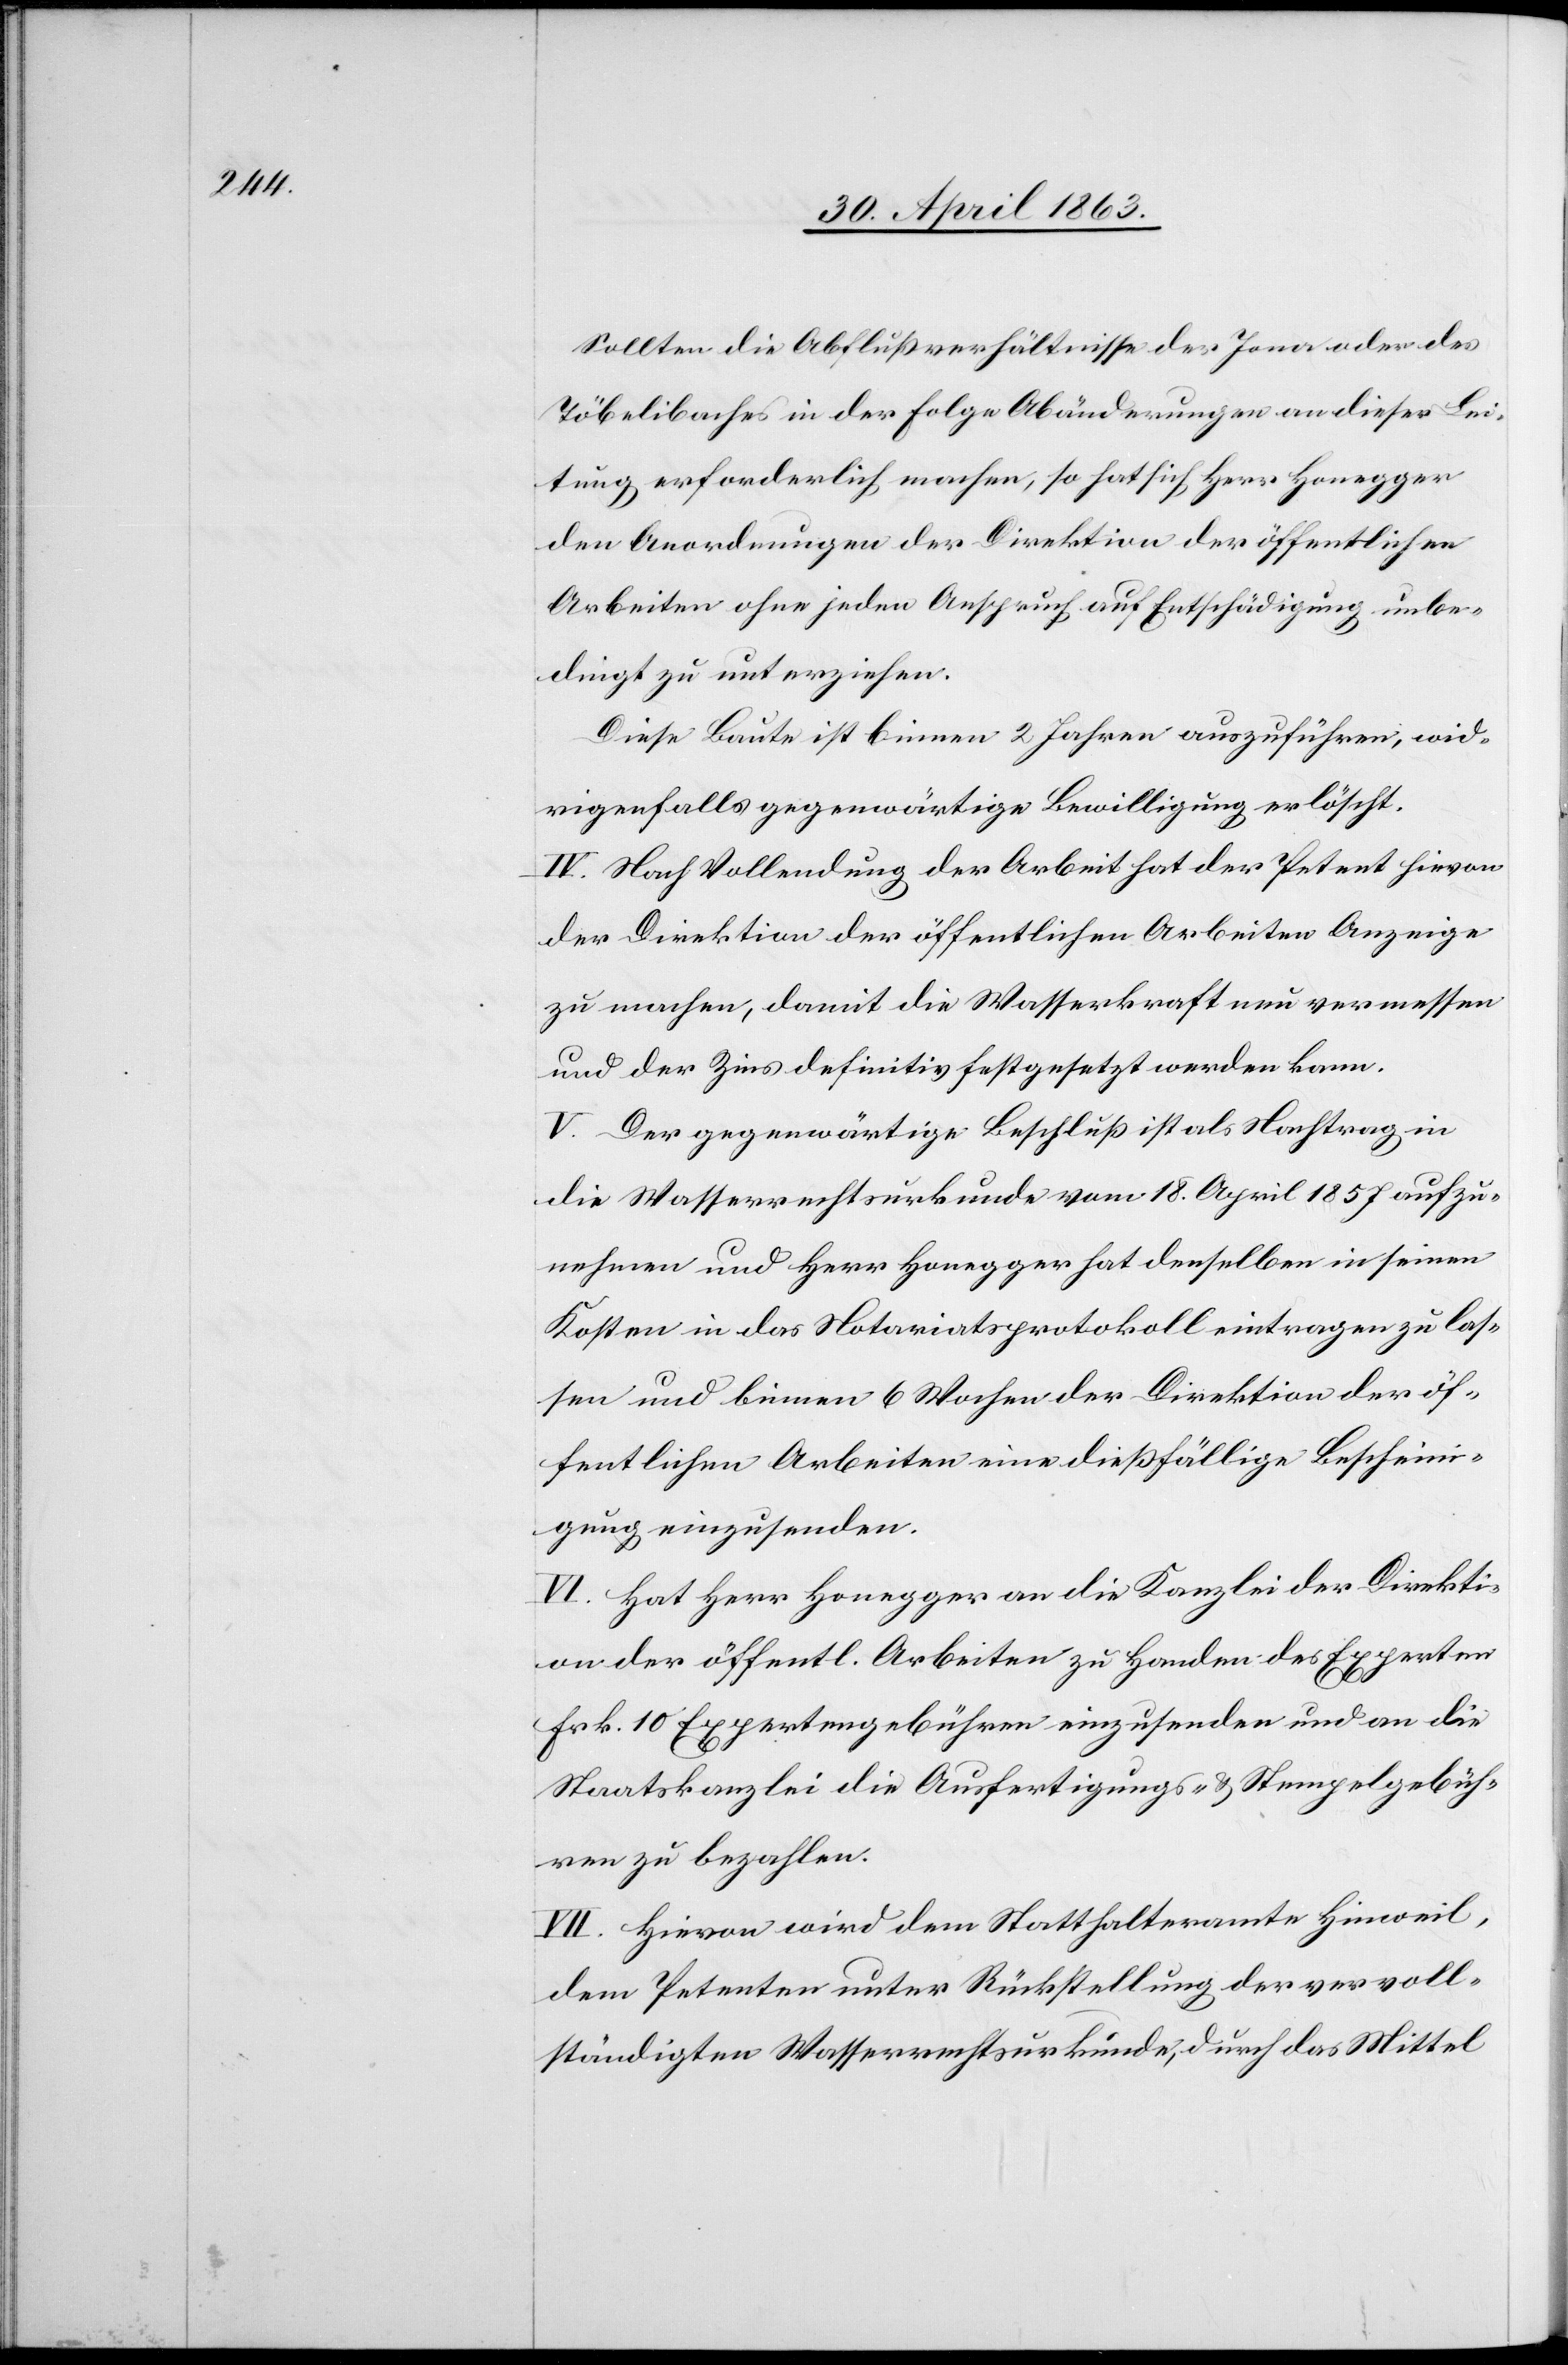
Sollten die Abflußverhältnisse des Jona oder des
Töbelibaches in der Folge Abänderungen an dieser Lei¬
tung erforderlich machen, so hat sich Herr Honegger
den Anordnungen der Direktion der öffentlichen
Arbeiten ohne jeden Anspruch auf Entschädigung unbe¬
dingt zu unterziehen.
Diese Baute ist binnen 2 Jahren auszuführen, wid¬
rigenfalls gegenwärtige Bewilligung erlöscht.
IV. Nach Vollendung der Arbeit hat der Petent hievon
der Direktion der öffentlichen Arbeiten Anzeige
zu machen, damit die Wasserkraft nun vermessen
und der Zins definitiv festgesetzt werden kann.
V. Der gegenwärtige Beschluß ist als Nachtrag in
die Wasserrechtsurkunde vom 18. April 1857 aufzu¬
nehmen und Herr Honegger hat denselben in seinen
Kosten in das Notariatsprotokoll eintragen zu las¬
sen und binnen 6 Wochen der Direktion der öf¬
fentlichen Arbeiten eine dießfällige Bescheini¬
gung einzusenden.
VI. Hat Herr Honegger an die Kanzlei der Direkti¬
on der öffentl. Arbeiten zu Handen des Experten
Frk. 10 Expertengebühren einzusenden und an die
Staatskanzlei die Ausfertigungs- & Stempelgebüh¬
ren zu bezahlen.
VII. Hievon wird dem Statthalteramte Hinweil,
dem Petenten unter Rückstellung der vervoll¬
ständigten Wasserrechtsurkunde, durch das Mittel